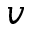
v